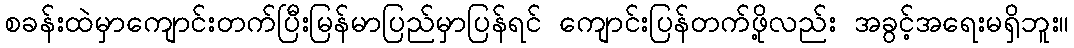
စခန်းထဲမှာကျောင်းတက်ပြီးမြန်မာပြည်မှာပြန်ရင် ကျောင်းပြန်တက်ဖို့လည်း အခွင့်အရေးမရှိဘူး။